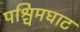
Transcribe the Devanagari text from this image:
पश्चिमघाट